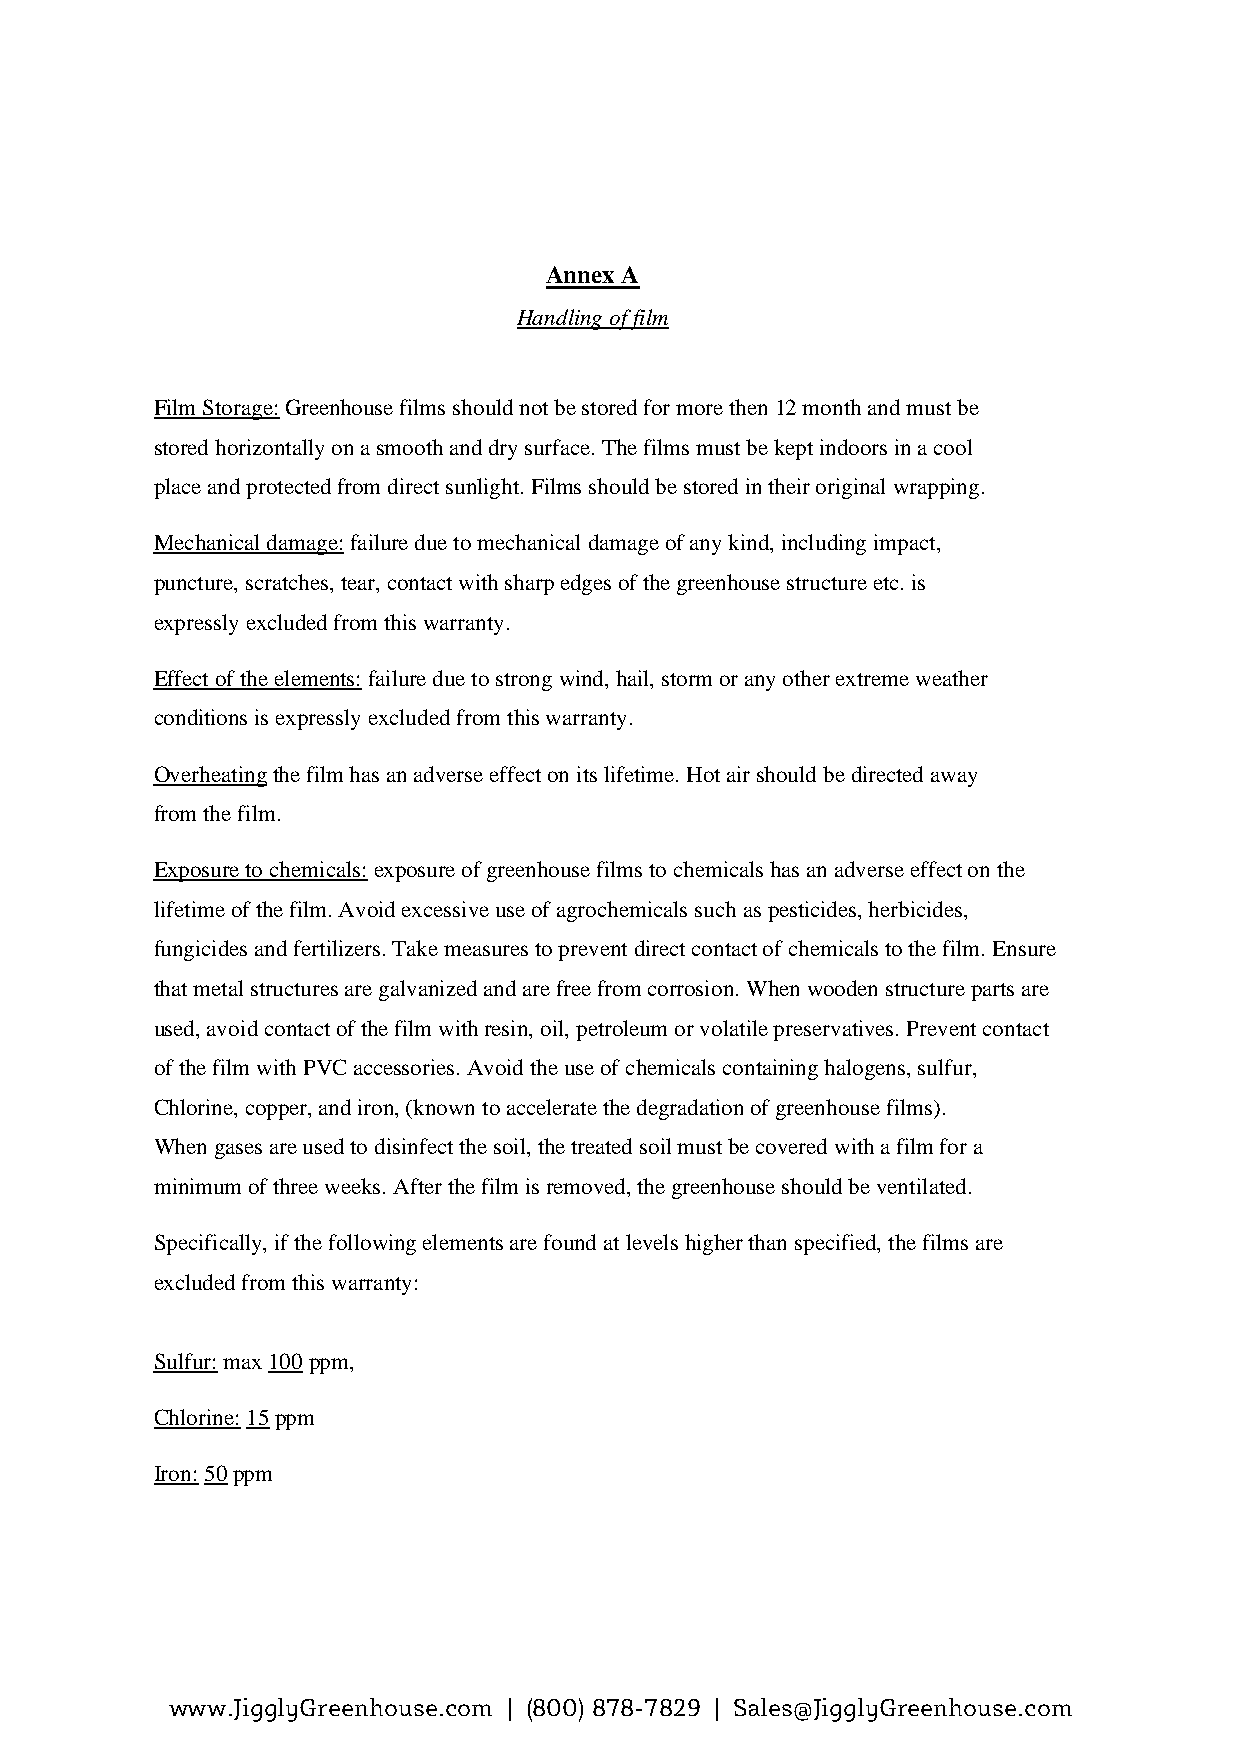
Annex A
 Handling of film
 Film Storage: Greenhouse films should not be stored for more then 12 month and must be
 stored horizontally on a smooth and dry surface. The films must be kept indoors in a cool
 place and protected from direct sunlight. Films should be stored in their original wrapping.
 Mechanical damage: failure due to mechanical damage of any kind, including impact,
 puncture, scratches, tear, contact with sharp edges of the greenhouse structure etc. is
 expressly excluded from this warranty.
 Effect of the elements: failure due to strong wind, hail, storm or any other extreme weather
 conditions is expressly excluded from this warranty.
 Overheating the film has an adverse effect on its lifetime. Hot air should be directed away
 from the film.
 Exposure to chemicals: exposure of greenhouse films to chemicals has an adverse effect on the
 lifetime of the film. Avoid excessive use of agrochemicals such as pesticides, herbicides,
 fungicides and fertilizers. Take measures to prevent direct contact of chemicals to the film. Ensure
 that metal structures are galvanized and are free from corrosion. When wooden structure parts are
 used, avoid contact of the film with resin, oil, petroleum or volatile preservatives. Prevent contact
 of the film with PVC accessories. Avoid the use of chemicals containing halogens, sulfur,
 Chlorine, copper, and iron, (known to accelerate the degradation of greenhouse films).
 When gases are used to disinfect the soil, the treated soil must be covered with a film for a
 minimum of three weeks. After the film is removed, the greenhouse should be ventilated.
 Specifically, if the following elements are found at levels higher than specified, the films are
 excluded from this warranty:
 Sulfur: max 100 ppm,
 Chlorine: 15 ppm
 Iron: 50 ppm
 www.JigglyGreenhouse.com | (800) 878-7829 | Sales@JigglyGreenhouse.com